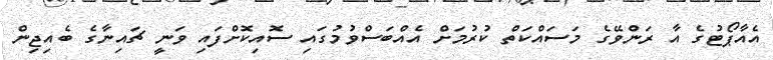
އެއާޕޯޓުގެ އާ ރަންވޭގެ މަސައްކަތް ކުރުމަށް އެއްބަސްވުމުގައި ސޮއިކޮށްފައި ވަނީ ޗައިނާގެ ބެއިޖިން